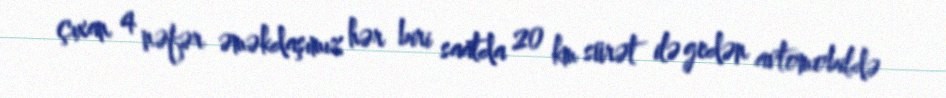
çıxan 4 nəfər əməkdaşımız hər biri saatda 20 km sürət ilə gedən avtomobildə